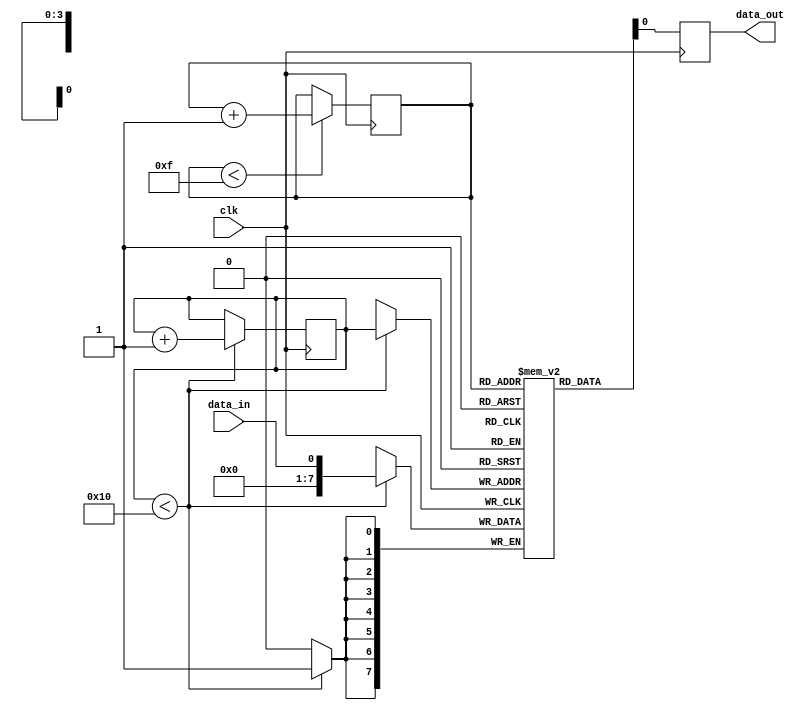
module fifo_buffer(
    input wire clk,
    input wire data_in,
    output reg data_out
);

parameter MEM_DEPTH = 16;
reg [7:0] memory [0:MEM_DEPTH-1]; // 8-bit data memory array
reg [3:0] read_ptr = 0; // read pointer
reg [3:0] write_ptr = 0; // write pointer

always @(posedge clk) begin
    // Write data into buffer
    if (write_ptr < MEM_DEPTH) begin
        memory[write_ptr] <= data_in;
        write_ptr <= write_ptr + 1;
    end
    
    // Read data from buffer
    data_out <= memory[read_ptr];
    
    // Update read pointer for FIFO
    if (read_ptr < MEM_DEPTH-1) begin
        read_ptr <= read_ptr + 1;
    end
end

endmodule